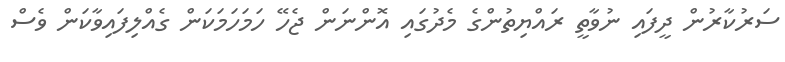
ސަރުކާރުން ދީފައި ނުވާތީ ރައްޔިތުންގެ މެދުގައި އޮންނަން ޖެހޭ ހަމަހަމަކަން ގެއްލިފައިވާކަން ވެސް